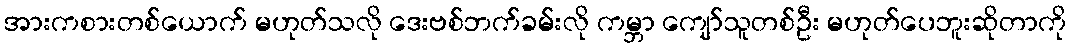
အားကစားတစ်ယောက် မဟုတ်သလို ဒေးဗစ်ဘက်ခမ်းလို ကမ္ဘာ ကျော်သူတစ်ဦး မဟုတ်ပေဘူးဆိုတာကို